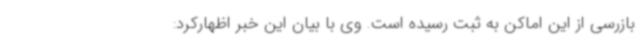
بازرسی از این اماکن به ثبت رسیده است. وی با بیان این خبر اظهارکرد: